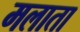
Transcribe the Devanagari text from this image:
मलाता